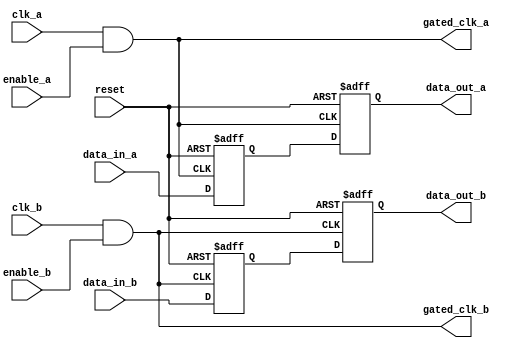
module memory_block_gating (
    input wire clk_a,          // Clock for domain A
    input wire clk_b,          // Clock for domain B
    input wire enable_a,       // Enable signal for clock domain A
    input wire enable_b,       // Enable signal for clock domain B
    input wire reset,          // Reset signal
    input wire [7:0] data_in_a,// Data input for domain A
    input wire [7:0] data_in_b,// Data input for domain B
    output reg [7:0] data_out_a,// Data output for domain A
    output reg [7:0] data_out_b,// Data output for domain B
    output wire gated_clk_a,   // Gated clock for domain A
    output wire gated_clk_b    // Gated clock for domain B
);

// Clock gating logic
assign gated_clk_a = clk_a & enable_a; // Gated clock for domain A
assign gated_clk_b = clk_b & enable_b; // Gated clock for domain B

// Memory registers for domain A
reg [7:0] mem_a;
reg [7:0] mem_b;

// Synchronization registers for cross-domain communication
reg [7:0] sync_a;
reg [7:0] sync_b;

// Memory operation for domain A
always @(posedge gated_clk_a or posedge reset) begin
    if (reset) begin
        mem_a <= 8'b0;
        data_out_a <= 8'b0;
    end else begin
        mem_a <= data_in_a; // Write operation
        data_out_a <= mem_a; // Read operation
    end
end

// Memory operation for domain B
always @(posedge gated_clk_b or posedge reset) begin
    if (reset) begin
        mem_b <= 8'b0;
        data_out_b <= 8'b0;
    end else begin
        mem_b <= data_in_b; // Write operation
        data_out_b <= mem_b; // Read operation
    end
end

// Synchronization logic for data transfer from domain A to B
always @(posedge gated_clk_a or posedge reset) begin
    if (reset) begin
        sync_a <= 8'b0;
    end else begin
        sync_a <= mem_a; // Synchronize data from domain A
    end
end

// Synchronization logic for data transfer from domain B to A
always @(posedge gated_clk_b or posedge reset) begin
    if (reset) begin
        sync_b <= 8'b0;
    end else begin
        sync_b <= mem_b; // Synchronize data from domain B
    end
end

endmodule